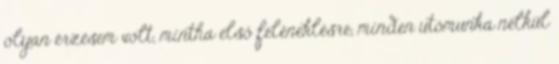
olyan érzésem volt, mintha első feléneklésre, minden utómunka nélkül